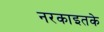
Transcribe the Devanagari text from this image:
नरकाइतके